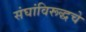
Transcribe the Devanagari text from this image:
संघांविरूद्धचे